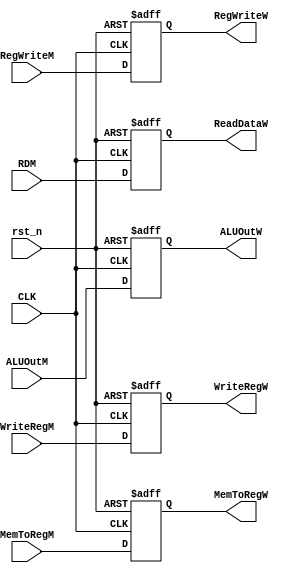
module RegW(
input               CLK,rst_n,
input   [31:0]      ALUOutM,
input   [31:0]      RDM,
input   [4:0]       WriteRegM,
input               RegWriteM,
input               MemToRegM,
output reg          RegWriteW,
output reg          MemToRegW,
output reg [31:0]   ReadDataW,
output reg [31:0]   ALUOutW,
output reg [4:0]    WriteRegW
);

always@(posedge CLK or negedge rst_n)
begin
    if (!rst_n)
    begin
    WriteRegW <= 5'b0;
    RegWriteW <= 1'b0;
    MemToRegW <= 1'b0;
    ALUOutW   <= 32'b0;
    ReadDataW <= 32'b0;
    end
   else
    begin
    WriteRegW <= WriteRegM;
    RegWriteW <= RegWriteM;
    MemToRegW <= MemToRegM;
    ALUOutW   <= ALUOutM;
    ReadDataW <= RDM;
    end
end

endmodule